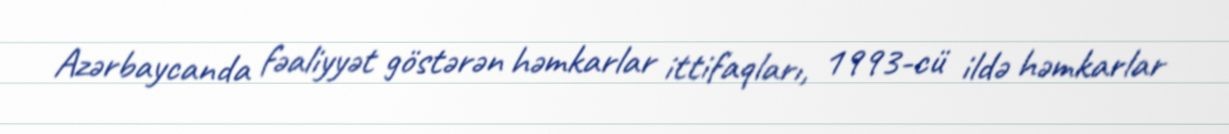
Azərbaycanda fəaliyyət göstərən həmkarlar ittifaqları, 1993-cü ildə həmkarlar